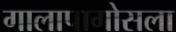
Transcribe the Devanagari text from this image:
गालापागोसला